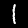
Digit: 1